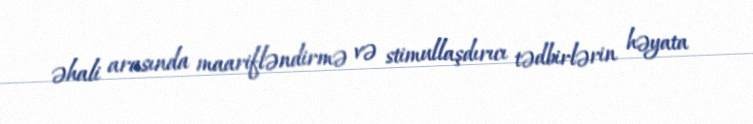
əhali arasında maarifləndirmə və stimullaşdırıcı tədbirlərin həyata